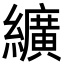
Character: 纊